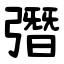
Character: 㣅